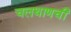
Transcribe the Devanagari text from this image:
चलथाणची